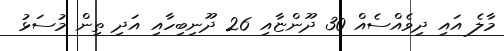
މާލެ އައި ދިވެއްސެއް 30 ދޫންޏާއި 26 ދޫނިބިހާއި އަދި ތިން މުސަޅު